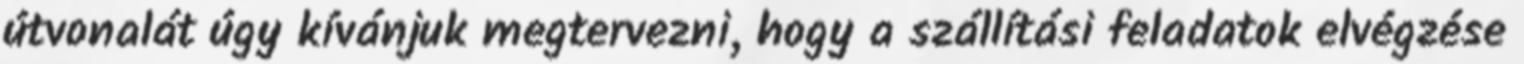
útvonalát úgy kívánjuk megtervezni, hogy a szállítási feladatok elvégzése